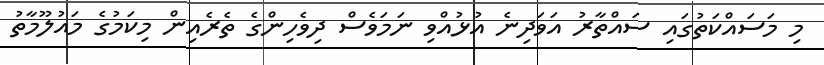
މި މަސައްކަތުގައި ސައްތާރު އަވަދިނެ އުޅުއްވި ނަމަވެސް ދިވެހިންގެ ތެރެއިން މިކަމުގެ މައުލޫމާތު